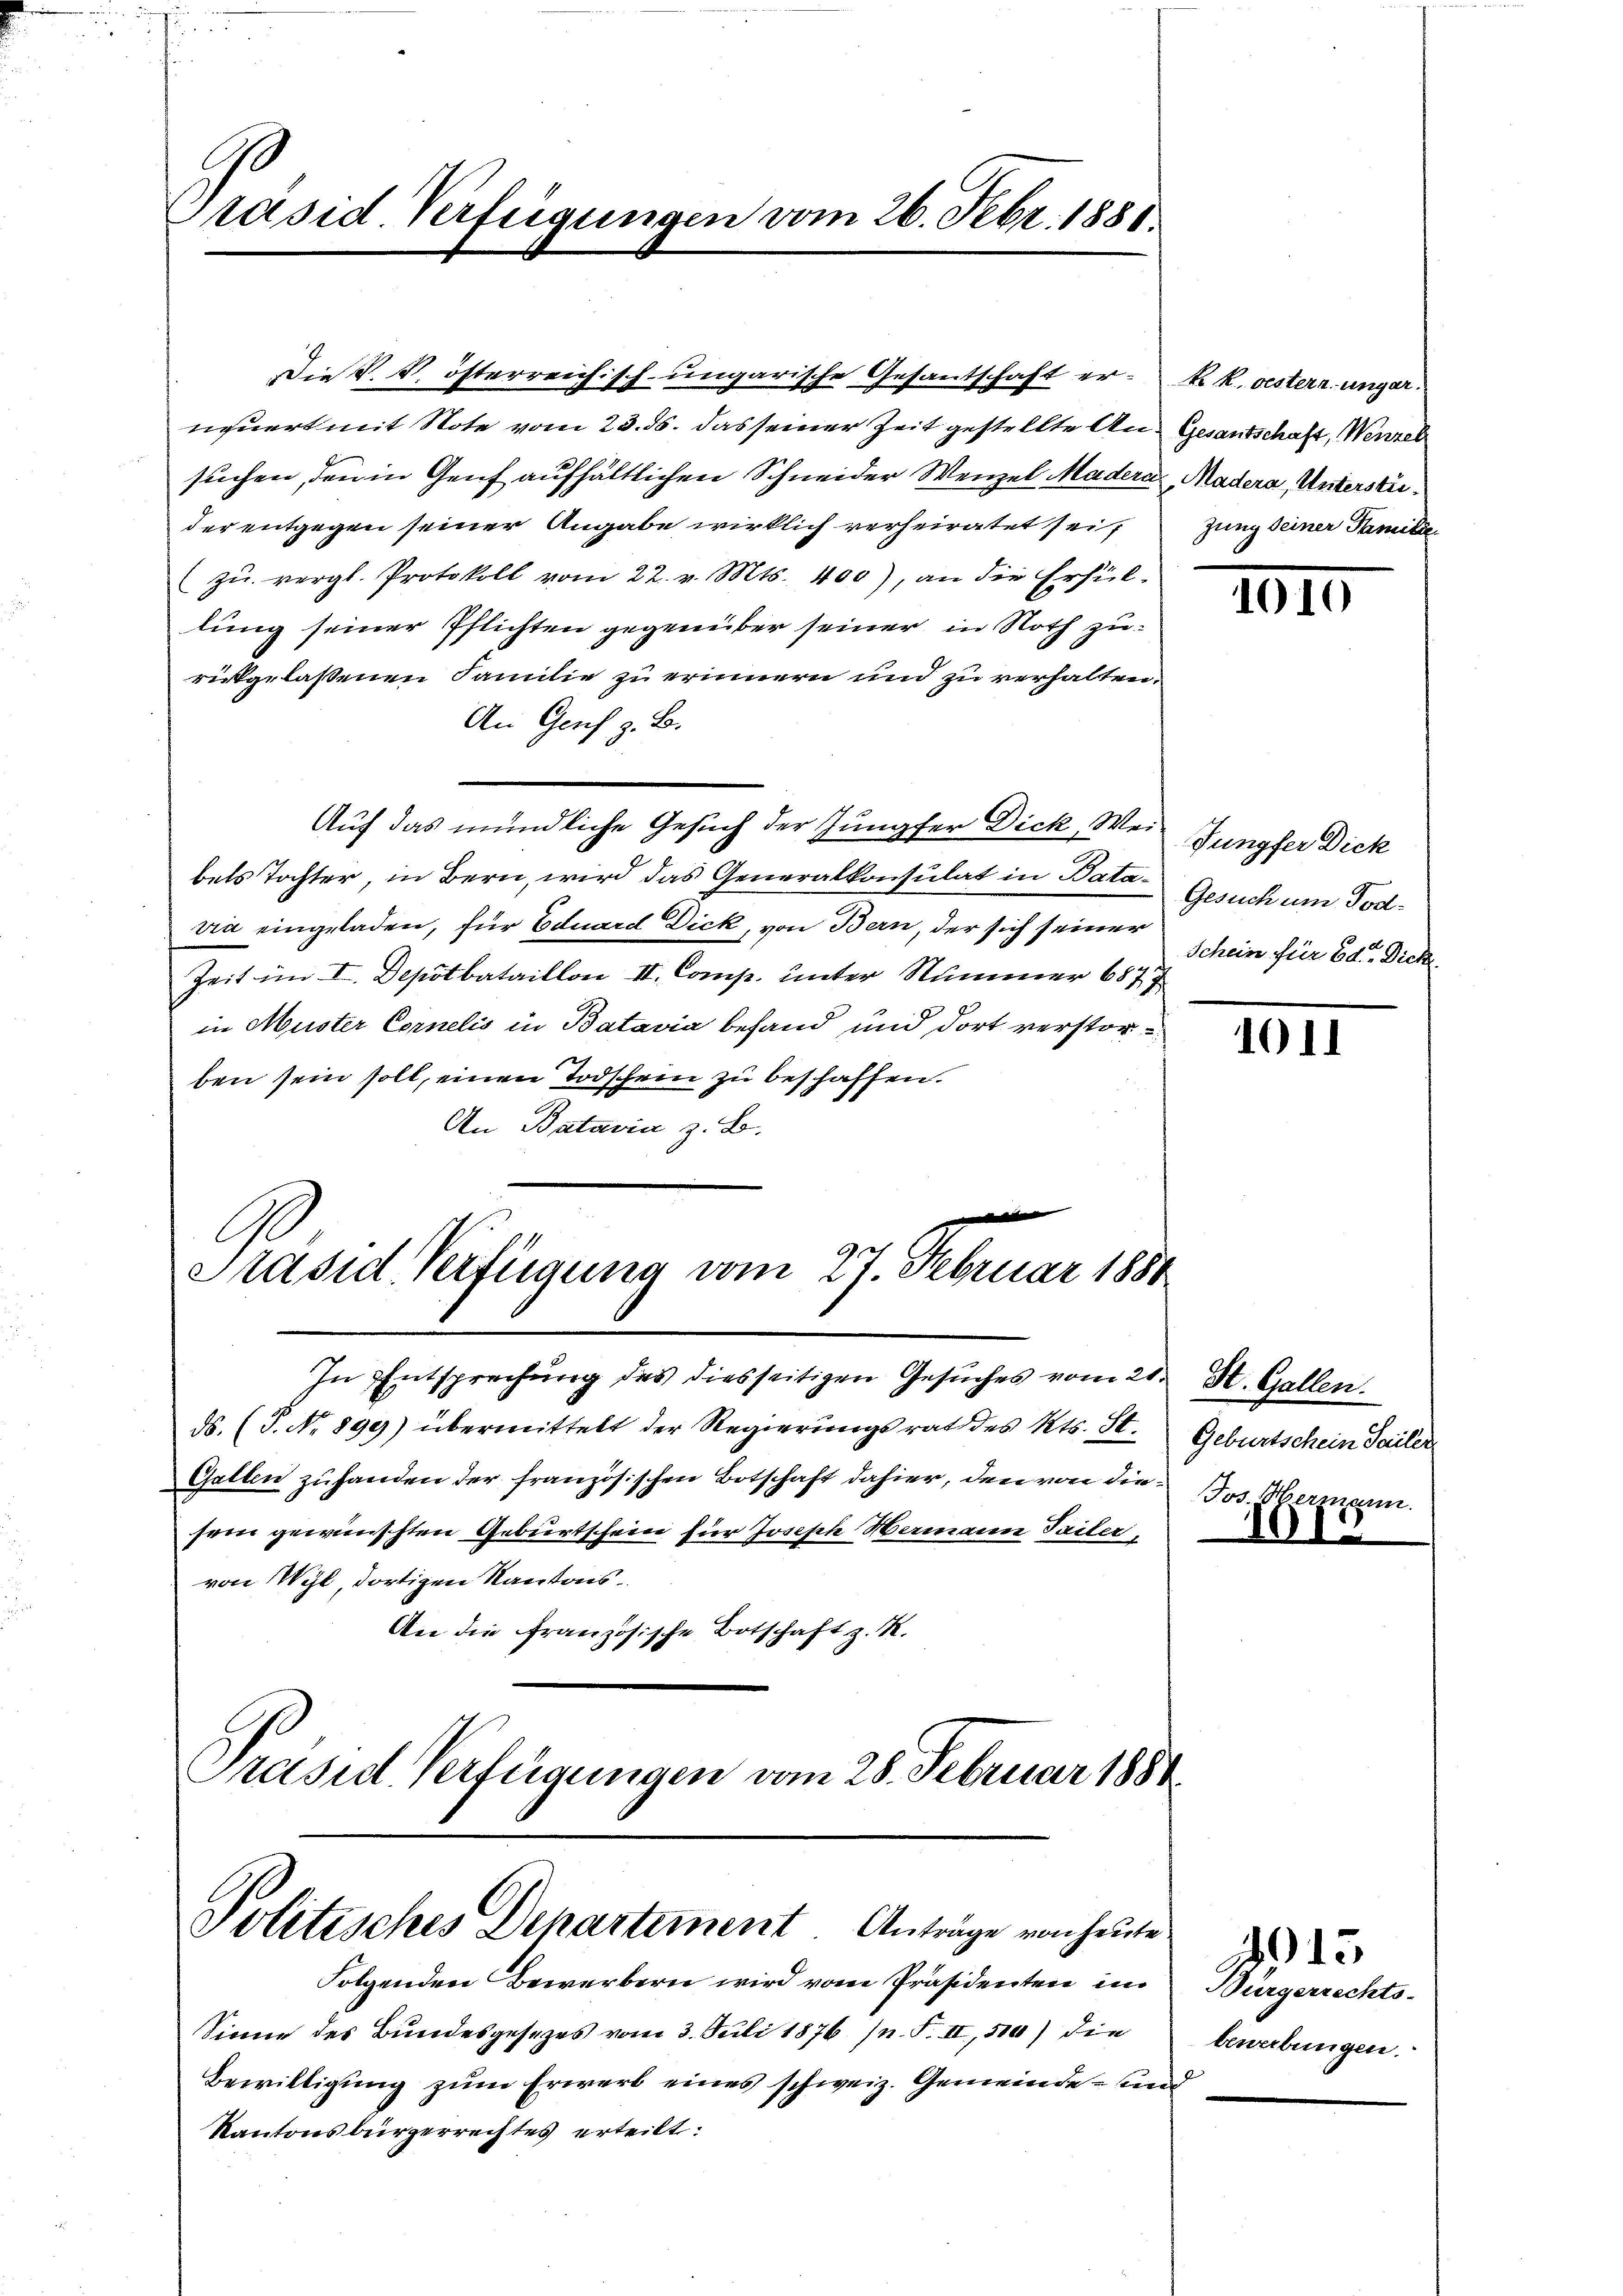
Präsid. Verfügungen vom 26. Febr. 1881.

neuert mit Note vom 23. ds. das seiner Zeit gestellte Ansuchen, den in Genf aufhältlichen Schneider Wenzel Madera
der entgegen seiner Angabe wirklich verheiratet sei,
(zu vergl. Protokoll vom 22. v. Mts. 400), an die Erfüllung seiner Pflichten gegenüber seiner in Noth zurückgelaßenen Familie zu erinnern und zu verhalten
An Genf z. B.
Auf das mündliche Gesuch der Jungfer Dick, Wei
bels Tochter, in Bern, wird das Generalkonsulat in Bataria eingeladen, für Eduard Dick, von Bern, der sich seiner
Zeit im I. Depotbataillon II. Comp. unter Nummer 687,
in Muster Cornelis in Batavia befand und dort verstorben sein soll, einen Todschein zu beschaffen.
An Batavia z. B.
e
C
Präsid Verfügung vom 27. Februar 1880
In Entsprechung des diesseitigen Gesuches vom 2.
ds. (T. No 899) übermittelt der Regierungsrat des Kts. St.
Gallen zuhanden der französischen Botschaft dahier, den von diesein gewünschten Geburtschein für Joseph Hermann Teiler,
von Wyl, dortigen Kantons
An die Französische Botschaft z. B.
Präsid. Verfügungen vom 28. Februar 1881

Die S. V. österreichisch-ungarische Gesantschaft er¬

Politisches Departiment. Anträge von heute

Sinne des Bundesgesezes vom 3. Juli 1876 n. F. II, 510) die
Bewilligung zum Erwerb eines schweiz. Gemeinde- un
Kantonsbürgerrechtes erteilt:

Folgenden Bewerbern wird vom Präsidenten im

k. k. oesterr. ungar.
Gesantschaft, Wenzel
Madera, Unterstrizung seiner Familie

1010

Jungfer Dick
Gesuch um Tod.
Schein für Ed. Dick

10 11

St. Gallen.
Geburtschein Sailer
Jos. Hermann.

19

Bürgerrechts-
bewerbungen.

23